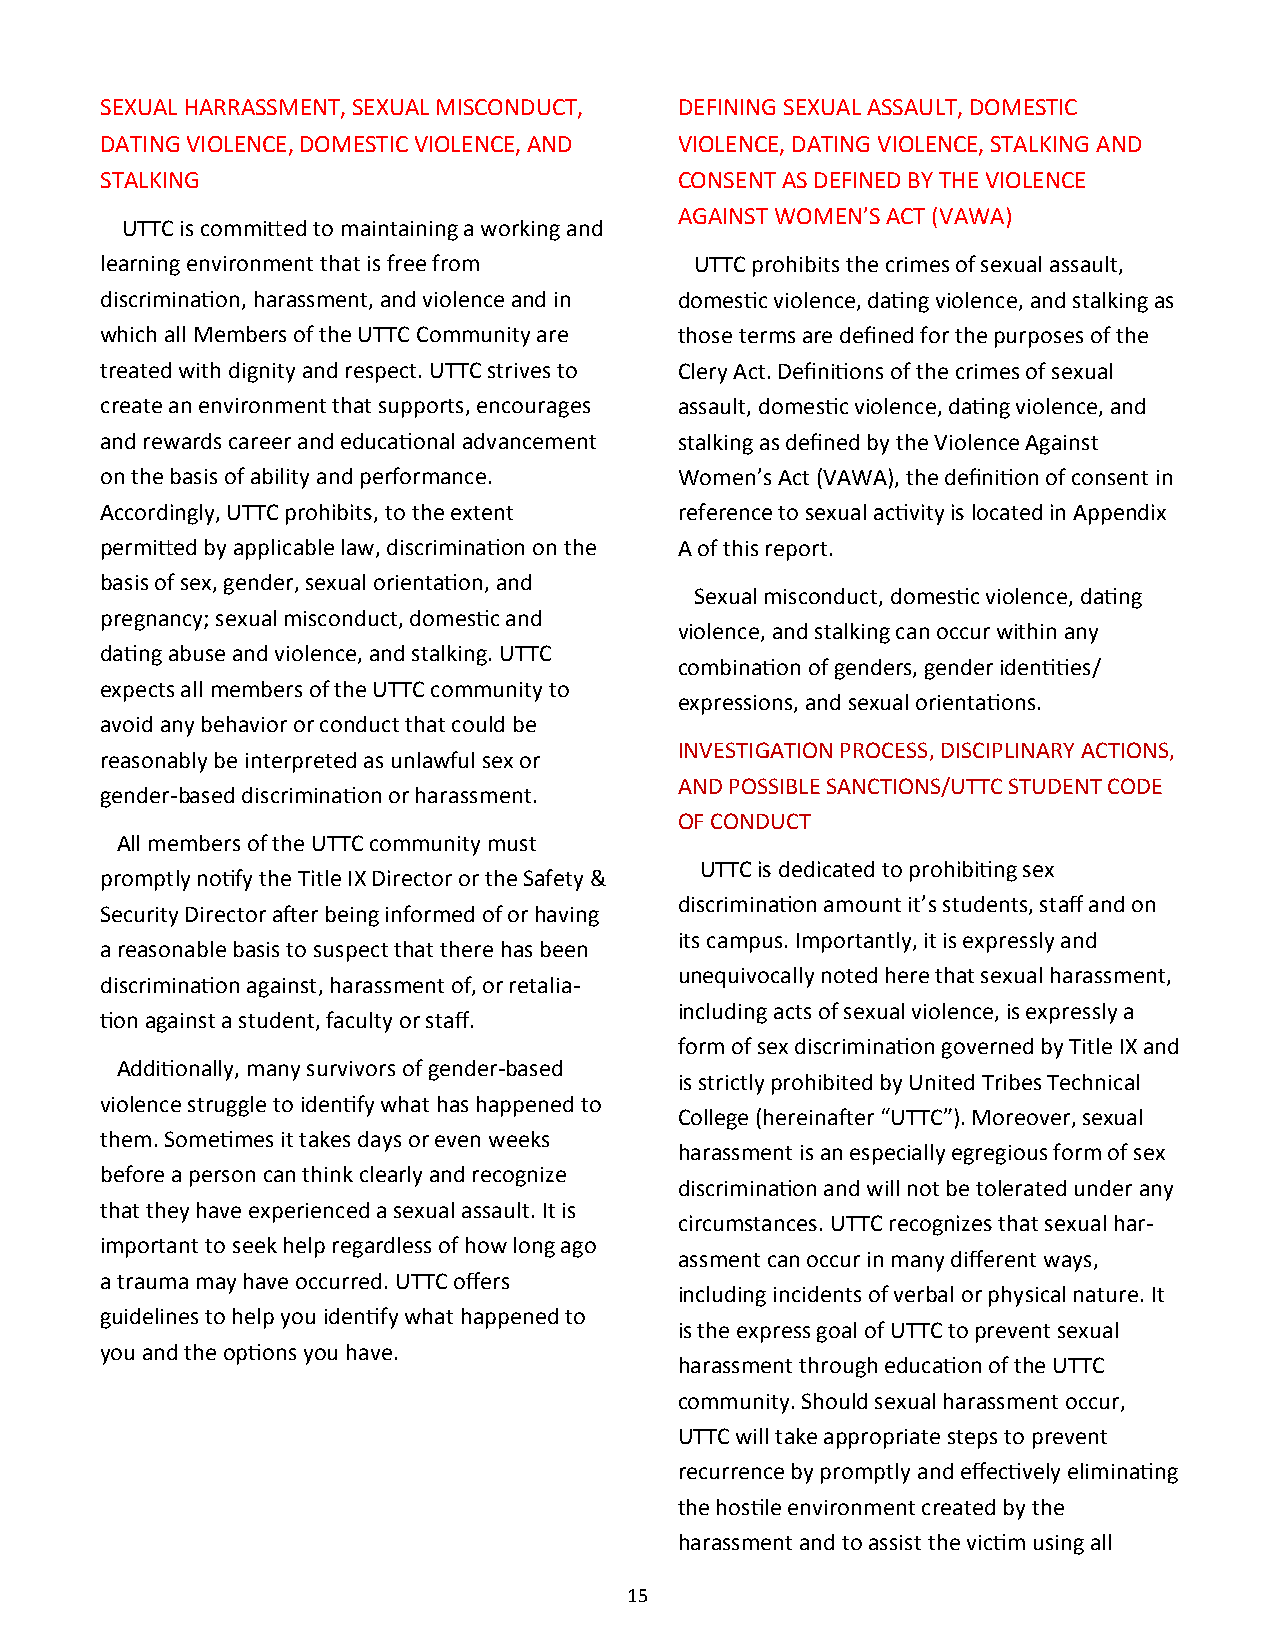
SEXUAL HARRASSMENT, SEXUAL MISCONDUCT, DEFINING SEXUAL ASSAULT, DOMESTIC
 DATING VIOLENCE, DOMESTIC VIOLENCE, AND VIOLENCE, DATING VIOLENCE, STALKING AND
 STALKING                              CONSENT AS DEFINED BY THE VIOLENCE
 AGAINST WOMEN’S ACT (VAWA)
 UTTC is committed to maintaining a working and
 learning environment that is free from UTTC prohibits the crimes of sexual assault,
 discrimination, harassment, and violence and in domestic violence, dating violence, and stalking as
 which all Members of the UTTC Community are those terms are defined for the purposes of the
 treated with dignity and respect. UTTC strives to Clery Act. Definitions of the crimes of sexual
 create an environment that supports, encourages assault, domestic violence, dating violence, and
 and rewards career and educational advancement stalking as defined by the Violence Against
 on the basis of ability and performance. Women’s Act (VAWA), the definition of consent in
 Accordingly, UTTC prohibits, to the extent reference to sexual activity is located in Appendix
 permitted by applicable law, discrimination on the A of this report.
 basis of sex, gender, sexual orientation, and
 Sexual misconduct, domestic violence, dating
 pregnancy; sexual misconduct, domestic and
 violence, and stalking can occur within any
 dating abuse and violence, and stalking. UTTC
 combination of genders, gender identities/
 expects all members of the UTTC community to
 expressions, and sexual orientations.
 avoid any behavior or conduct that could be
 INVESTIGATION PROCESS, DISCIPLINARY ACTIONS,
 reasonably be interpreted as unlawful sex or
 AND POSSIBLE SANCTIONS/UTTC STUDENT CODE
 gender-based discrimination or harassment.
 OF CONDUCT
 All members of the UTTC community must
 UTTC is dedicated to prohibiting sex
 promptly notify the Title IX Director or the Safety &
 discrimination amount it’s students, staff and on
 Security Director after being informed of or having
 its campus. Importantly, it is expressly and
 a reasonable basis to suspect that there has been
 unequivocally noted here that sexual harassment,
 discrimination against, harassment of, or retalia-
 including acts of sexual violence, is expressly a
 tion against a student, faculty or staff.
 form of sex discrimination governed by Title IX and
 Additionally, many survivors of gender-based
 is strictly prohibited by United Tribes Technical
 violence struggle to identify what has happened to
 College (hereinafter “UTTC”). Moreover, sexual
 them. Sometimes it takes days or even weeks
 harassment is an especially egregious form of sex
 before a person can think clearly and recognize
 discrimination and will not be tolerated under any
 that they have experienced a sexual assault. It is
 circumstances. UTTC recognizes that sexual har-
 important to seek help regardless of how long ago
 assment can occur in many different ways,
 a trauma may have occurred. UTTC offers
 including incidents of verbal or physical nature. It
 guidelines to help you identify what happened to
 is the express goal of UTTC to prevent sexual
 you and the options you have.
 harassment through education of the UTTC
 community. Should sexual harassment occur,
 UTTC will take appropriate steps to prevent
 recurrence by promptly and effectively eliminating
 the hostile environment created by the
 harassment and to assist the victim using all
 15